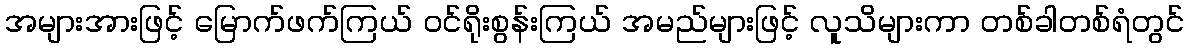
အများအားဖြင့် မြောက်ဖက်ကြယ် ဝင်ရိုးစွန်းကြယ် အမည်များဖြင့် လူသိများကာ တစ်ခါတစ်ရံတွင်